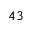
^ Ḋ 4 3 Ḍ